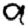
Digit: 9